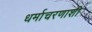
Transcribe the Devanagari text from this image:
धर्माचरणाशी